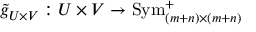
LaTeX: { \widetilde { g } } _ { U \times V } : U \times V \to \operatorname { S y m } _ { ( m + n ) \times ( m + n ) } ^ { + }